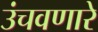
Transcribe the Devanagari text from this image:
उंचवणारे